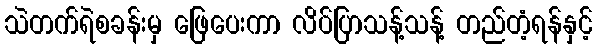
သဲတက်ရဲစခန်းမှ ဖြေပေးကာ လိပ်ပြာသန့်သန့် တည်တံ့ရန်နှင့်